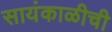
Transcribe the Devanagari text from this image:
सायंकाळीची